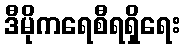
ဒီမိုကရေစီရရှိရေး